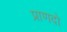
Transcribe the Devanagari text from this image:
प्राणदो